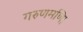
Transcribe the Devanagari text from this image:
गरुणमणि।